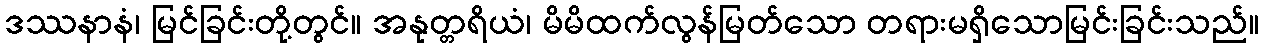
ဒဿနာနံ၊ မြင်ခြင်းတို့တွင်။ အနုတ္တရိယံ၊ မိမိထက်လွန်မြတ်သော တရားမရှိသောမြင်းခြင်းသည်။